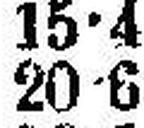
20•6